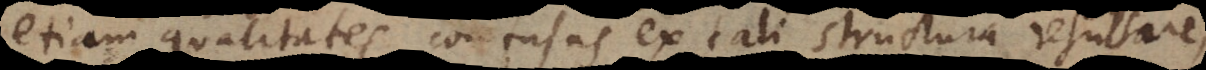
etiam qualitates confusas ex tali structura